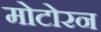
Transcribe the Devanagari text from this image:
मोटोरन